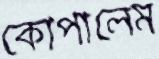
কোপালেম